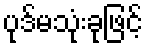
ပုဒ်မသုံးခုဖြင့်